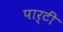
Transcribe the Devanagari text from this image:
पार्टीं